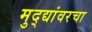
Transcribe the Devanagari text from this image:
मुद्द्यांवरचा